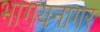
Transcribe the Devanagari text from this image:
भागयनागर